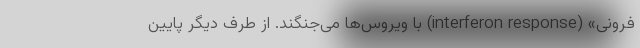
فرونی» (interferon response) با ویروس‌ها می‌جنگند. از طرف دیگر پایین